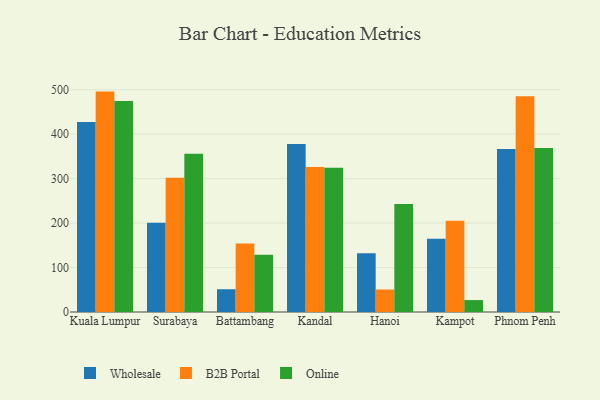
{"axis": {"x": "City", "y": "Production Output"}, "legend": ["B2B Portal", "Online", "Wholesale"], "data": [{"x": "Kuala Lumpur", "y": 427.6, "type": "Wholesale"}, {"x": "Kuala Lumpur", "y": 495.7, "type": "B2B Portal"}, {"x": "Kuala Lumpur", "y": 474.5, "type": "Online"}, {"x": "Surabaya", "y": 200.9, "type": "Wholesale"}, {"x": "Surabaya", "y": 302.0, "type": "B2B Portal"}, {"x": "Surabaya", "y": 355.9, "type": "Online"}, {"x": "Battambang", "y": 51.2, "type": "Wholesale"}, {"x": "Battambang", "y": 154.0, "type": "B2B Portal"}, {"x": "Battambang", "y": 129.0, "type": "Online"}, {"x": "Kandal", "y": 377.7, "type": "Wholesale"}, {"x": "Kandal", "y": 326.1, "type": "B2B Portal"}, {"x": "Kandal", "y": 324.6, "type": "Online"}, {"x": "Hanoi", "y": 132.4, "type": "Wholesale"}, {"x": "Hanoi", "y": 50.6, "type": "B2B Portal"}, {"x": "Hanoi", "y": 242.9, "type": "Online"}, {"x": "Kampot", "y": 164.6, "type": "Wholesale"}, {"x": "Kampot", "y": 205.5, "type": "B2B Portal"}, {"x": "Kampot", "y": 26.8, "type": "Online"}, {"x": "Phnom Penh", "y": 366.5, "type": "Wholesale"}, {"x": "Phnom Penh", "y": 485.1, "type": "B2B Portal"}, {"x": "Phnom Penh", "y": 368.6, "type": "Online"}]}